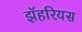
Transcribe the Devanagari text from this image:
झॅहरियस